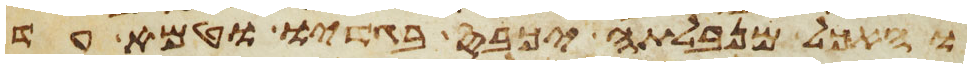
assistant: והאכל מנבלתה יכבס בגדיו וטמא עד